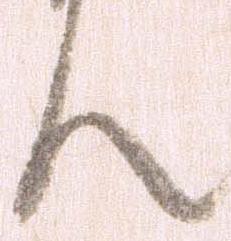
ん